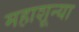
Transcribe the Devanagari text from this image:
महाशून्या